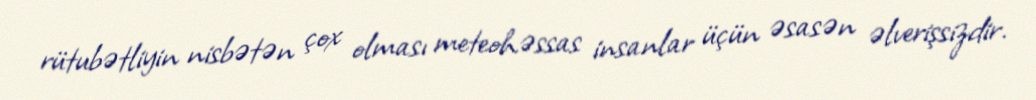
rütubətliyin nisbətən çox olması meteohəssas insanlar üçün əsasən əlverişsizdir.